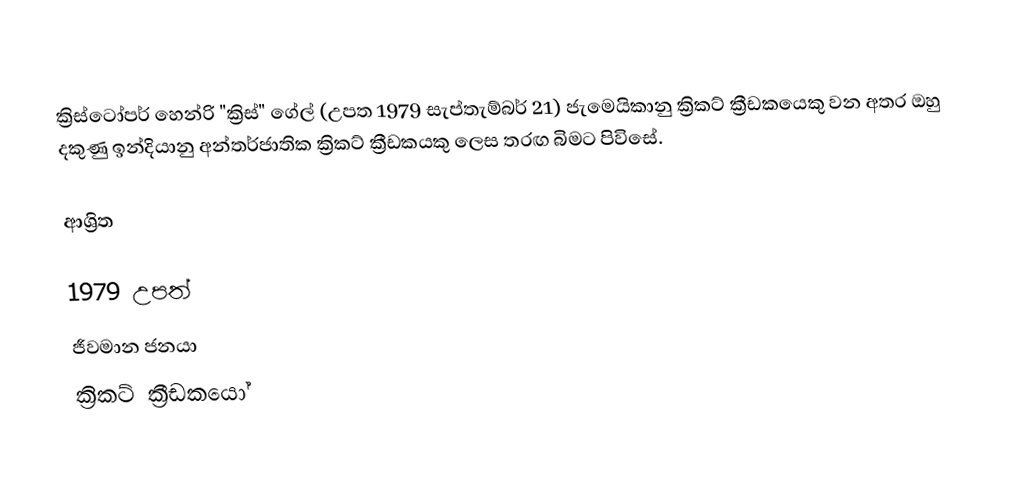
ක්‍රිස්ටෝපර් හෙන්රි "ක්‍රිස්" ගේල් (උපත 1979 සැප්තැම්බර් 21) ජැමෙයිකානු ක්‍රිකට් ක්‍රීඩකයෙකු වන අතර ඔහු දකුණු ඉන්දියානු අන්තර්ජාතික ක්‍රිකට් ක්‍රීඩකයකු ලෙස තරඟ බිමට පිවිසේ.

ආශ්‍රිත

1979 උපත්
ජීවමාන ජනයා
ක්‍රිකට් ක්‍රීඩකයෝ